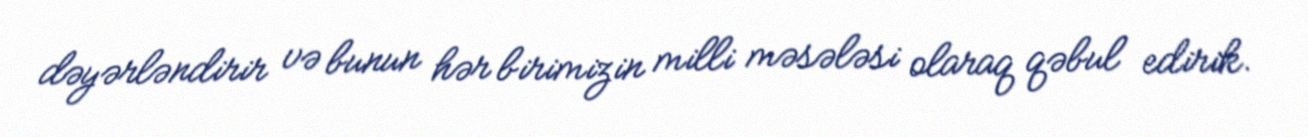
dəyərləndirir və bunun hər birimizin milli məsələsi olaraq qəbul edirik.